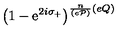
\left( 1 - \mathrm { e } ^ { 2 i \sigma _ { + } } \right) ^ { \frac { n } { ( e { \cal P } ) } ( e Q ) }